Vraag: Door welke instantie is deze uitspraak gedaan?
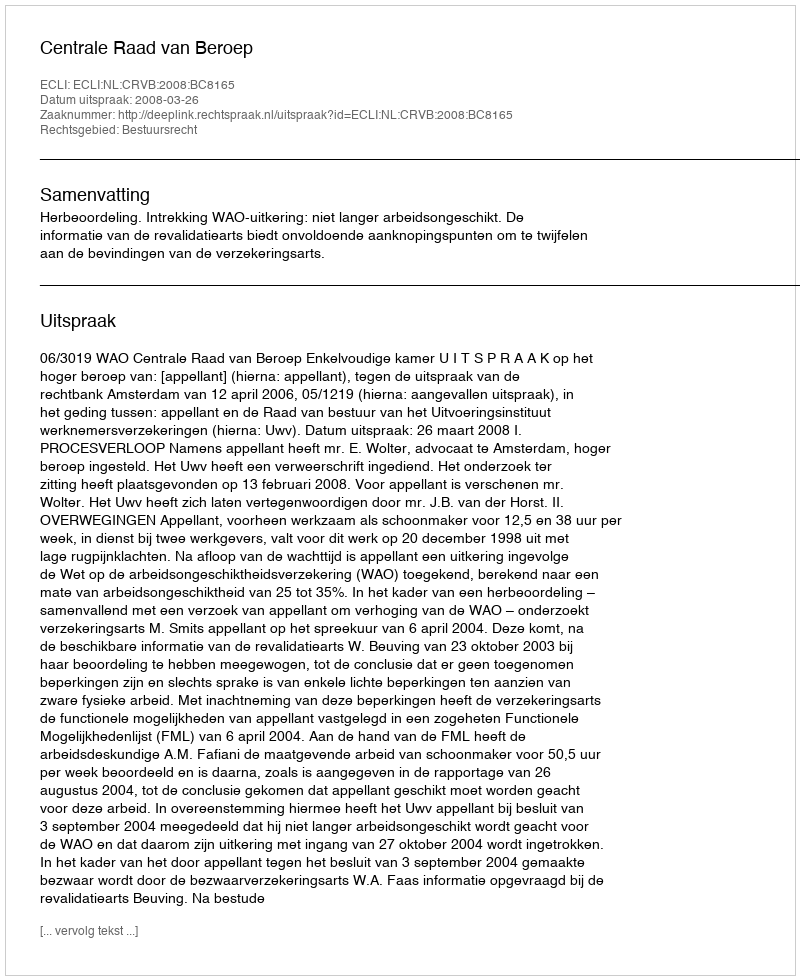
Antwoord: Centrale Raad van Beroep